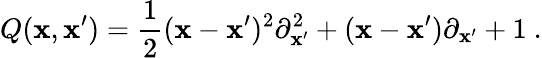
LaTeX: Q(\mathbf{x},\mathbf{x}^{\prime})=\frac{{1}}{{2}}(\mathbf{x}-\mathbf{x}^{\prime})^{2}{\partial}_{\mathbf{x}^{\prime}}^{2}+(\mathbf{x}-\mathbf{x}^{\prime}){\partial}_{\mathbf{x}^{\prime}}+1\ .